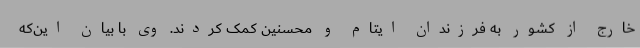
خارج از کشور به فرزندان ایتام و محسنین کمک کردند. وی با بیان این‌که